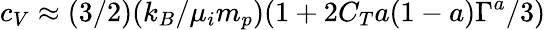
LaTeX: c_{V}\approx(3/2)(k_{B}/\mu_{i}m_{p})(1+2C_{T}a(1-a)\Gamma^{a}/3)